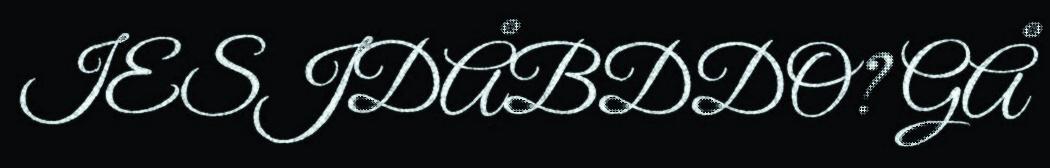
IESJDÅBDDO? GÅ